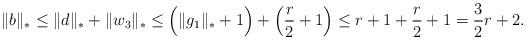
LaTeX: \begin{align*}\|b\|_*& \le \|d\|_*+\|w_3\|_*\le \Bigl(\|g_1\|_*+1\Bigr) + \left(\frac r2+1\right)\le r+1+\frac r2+1=\frac 32r+2.\end{align*}